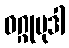
ဝဂ္ဂုမုဒါ